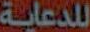
للدعاية